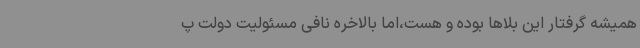
همیشه گرفتار این بلاها بوده و هست،اما بالاخره نافی مسئولیت دولت پ